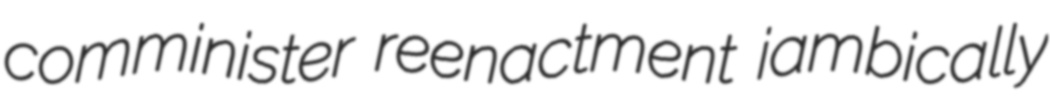
comminister reenactment iambically